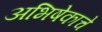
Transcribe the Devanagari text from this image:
अभिषेकाचे